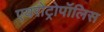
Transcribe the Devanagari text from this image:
एयरोट्रोपॉलिस